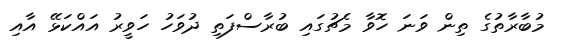
މުބާރާތުގެ ތިން ވަނަ ހޮވާ މެޗުގައި ބުރާސްފަތި ދުވަހު ހަވީރު އައްކަޅޭ އާއި